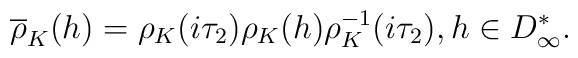
\overline{\rho}_K(h) = {\rho}_K (i {\tau}_2) {\rho}_K (h)		{\rho}_K^{-1} (i {\tau}_2), h \in D^*_{\infty}.